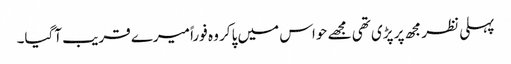
پہلی نظر مجھ پر پڑی تھی مجھے حواس میں پاکر وہ فوراً میرے قریب آگیا۔